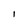
Character: I